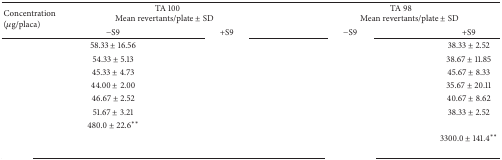
<table><thead><tr><td rowspan="2"><b>Concentration (<i>μ</i>g/placa)</b></td><td colspan="2"><b>TA 100 Mean revertants/plate ± SD</b></td><td colspan="2"><b>TA 98 Mean revertants/plate ± SD</b></td></tr><tr><td><b>−S9</b></td><td><b>+S9</b></td><td><b>−S9</b></td><td><b>+S9</b></td></tr></thead><tbody><tr><td>[EMPTY_CELL]</td><td>58.33 ± 16.56</td><td>[EMPTY_CELL]</td><td>[EMPTY_CELL]</td><td>38.33 ± 2.52</td></tr><tr><td>[EMPTY_CELL]</td><td>54.33 ± 5.13</td><td>[EMPTY_CELL]</td><td>[EMPTY_CELL]</td><td>38.67 ± 11.85</td></tr><tr><td>[EMPTY_CELL]</td><td>45.33 ± 4.73</td><td>[EMPTY_CELL]</td><td>[EMPTY_CELL]</td><td>45.67 ± 8.33</td></tr><tr><td>[EMPTY_CELL]</td><td>44.00 ± 2.00</td><td>[EMPTY_CELL]</td><td>[EMPTY_CELL]</td><td>35.67 ± 20.11</td></tr><tr><td>[EMPTY_CELL]</td><td>46.67 ± 2.52</td><td>[EMPTY_CELL]</td><td>[EMPTY_CELL]</td><td>40.67 ± 8.62</td></tr><tr><td>[EMPTY_CELL]</td><td>51.67 ± 3.21</td><td>[EMPTY_CELL]</td><td>[EMPTY_CELL]</td><td>38.33 ± 2.52</td></tr><tr><td>[EMPTY_CELL]</td><td>480.0 ± 22.6∗∗</td><td>[EMPTY_CELL]</td><td>[EMPTY_CELL]</td><td>[EMPTY_CELL]</td></tr><tr><td>[EMPTY_CELL]</td><td>[EMPTY_CELL]</td><td>[EMPTY_CELL]</td><td>[EMPTY_CELL]</td><td>3300.0 ± 141.4∗∗</td></tr><tr><td>[EMPTY_CELL]</td><td>[EMPTY_CELL]</td><td>[EMPTY_CELL]</td><td>[EMPTY_CELL]</td><td>[EMPTY_CELL]</td></tr></tbody></table>